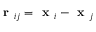
\textbf { r } _ { i j } = \textbf { x } _ { i } - \textbf { x } _ { j }